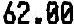
62.00